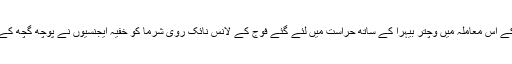
تاہم ہنی ٹریپ کے اس معاملہ میں وچتر بیہرا کے ساتھ حراست میں لئے گئے فوج کے لانس نائک روی شرما کو خفیہ ایجنسیوں نے پوچھ گچھ کے بعد چھوڑ دیا ۔